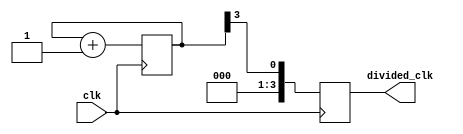
module johnson_counter_clock_divider (
  input wire clk,
  output reg [3:0] divided_clk
);

  reg [3:0] johnson_counter;

  always @ (posedge clk) begin
    johnson_counter <= johnson_counter + 1;
    divided_clk <= johnson_counter[3];
  end

endmodule